Scientific memoirs by medical officers of the Army of India - Part XII,
Year: 1901
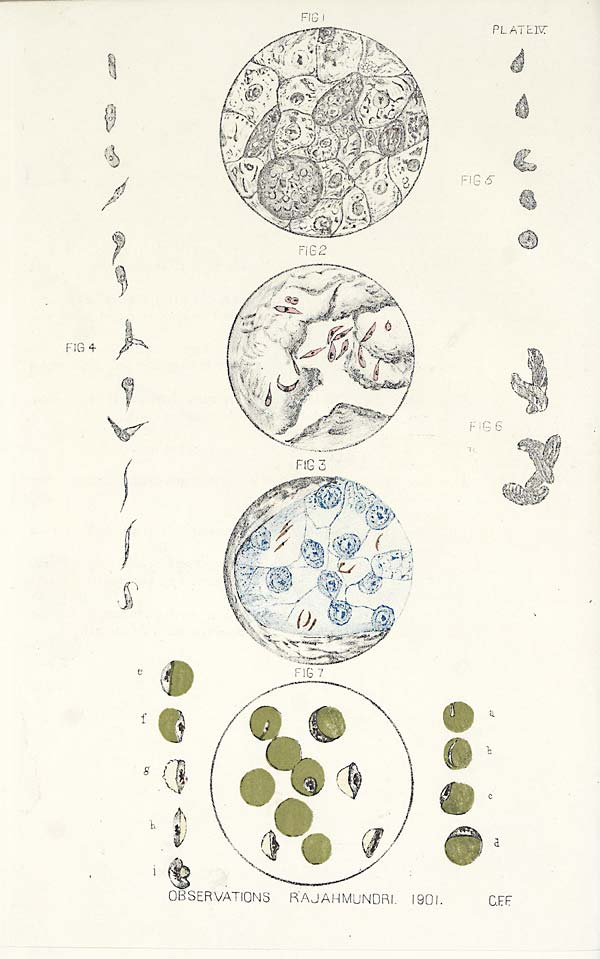
FIG I
PLATE IV
FIG 2
FIG 3
FIG 4
FIG 5
FIG-6 FIG 7
A B C D E F G H I O B S E R V A T I O N S R A J A MU N D R I . 1 9 0 1 . C . F . F .